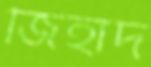
জিহাদ